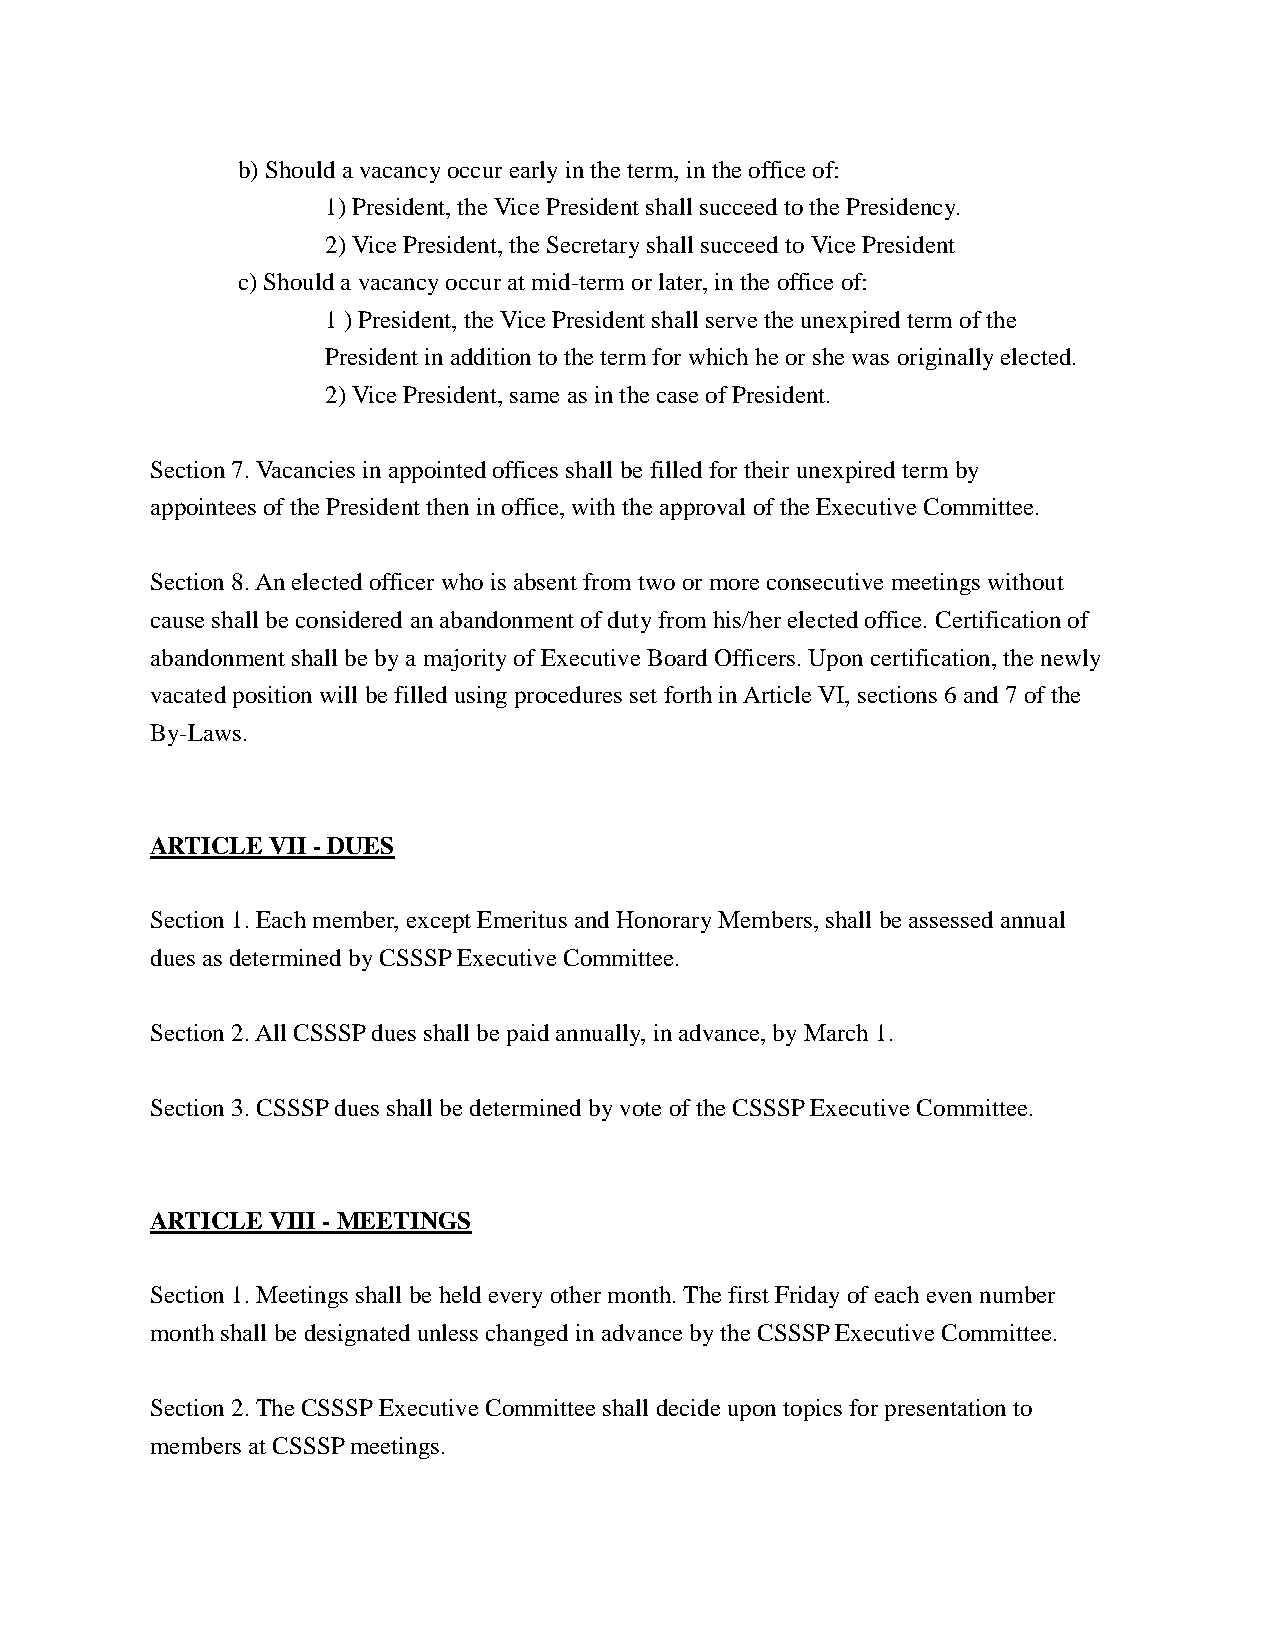
b) Should a vacancy occur early in the term, in the office of:
 1) President, the Vice President shall succeed to the Presidency.
 2) Vice President, the Secretary shall succeed to Vice President
 c) Should a vacancy occur at mid-term or later, in the office of:
 1 ) President, the Vice President shall serve the unexpired term of the
 President in addition to the term for which he or she was originally elected.
 2) Vice President, same as in the case of President.
 Section 7. Vacancies in appointed offices shall be filled for their unexpired term by
 appointees of the President then in office, with the approval of the Executive Committee.
 Section 8. An elected officer who is absent from two or more consecutive meetings without
 cause shall be considered an abandonment of duty from his/her elected office. Certification of
 abandonment shall be by a majority of Executive Board Officers. Upon certification, the newly
 vacated position will be filled using procedures set forth in Article VI, sections 6 and 7 of the
 By-Laws.
 ARTICLE VII - DUES
 Section 1. Each member, except Emeritus and Honorary Members, shall be assessed annual
 dues as determined by CSSSP Executive Committee.
 Section 2. All CSSSP dues shall be paid annually, in advance, by March 1.
 Section 3. CSSSP dues shall be determined by vote of the CSSSP Executive Committee.
 ARTICLE VIII - MEETINGS
 Section 1. Meetings shall be held every other month. The first Friday of each even number
 month shall be designated unless changed in advance by the CSSSP Executive Committee.
 Section 2. The CSSSP Executive Committee shall decide upon topics for presentation to
 members at CSSSP meetings.